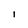
Character: i